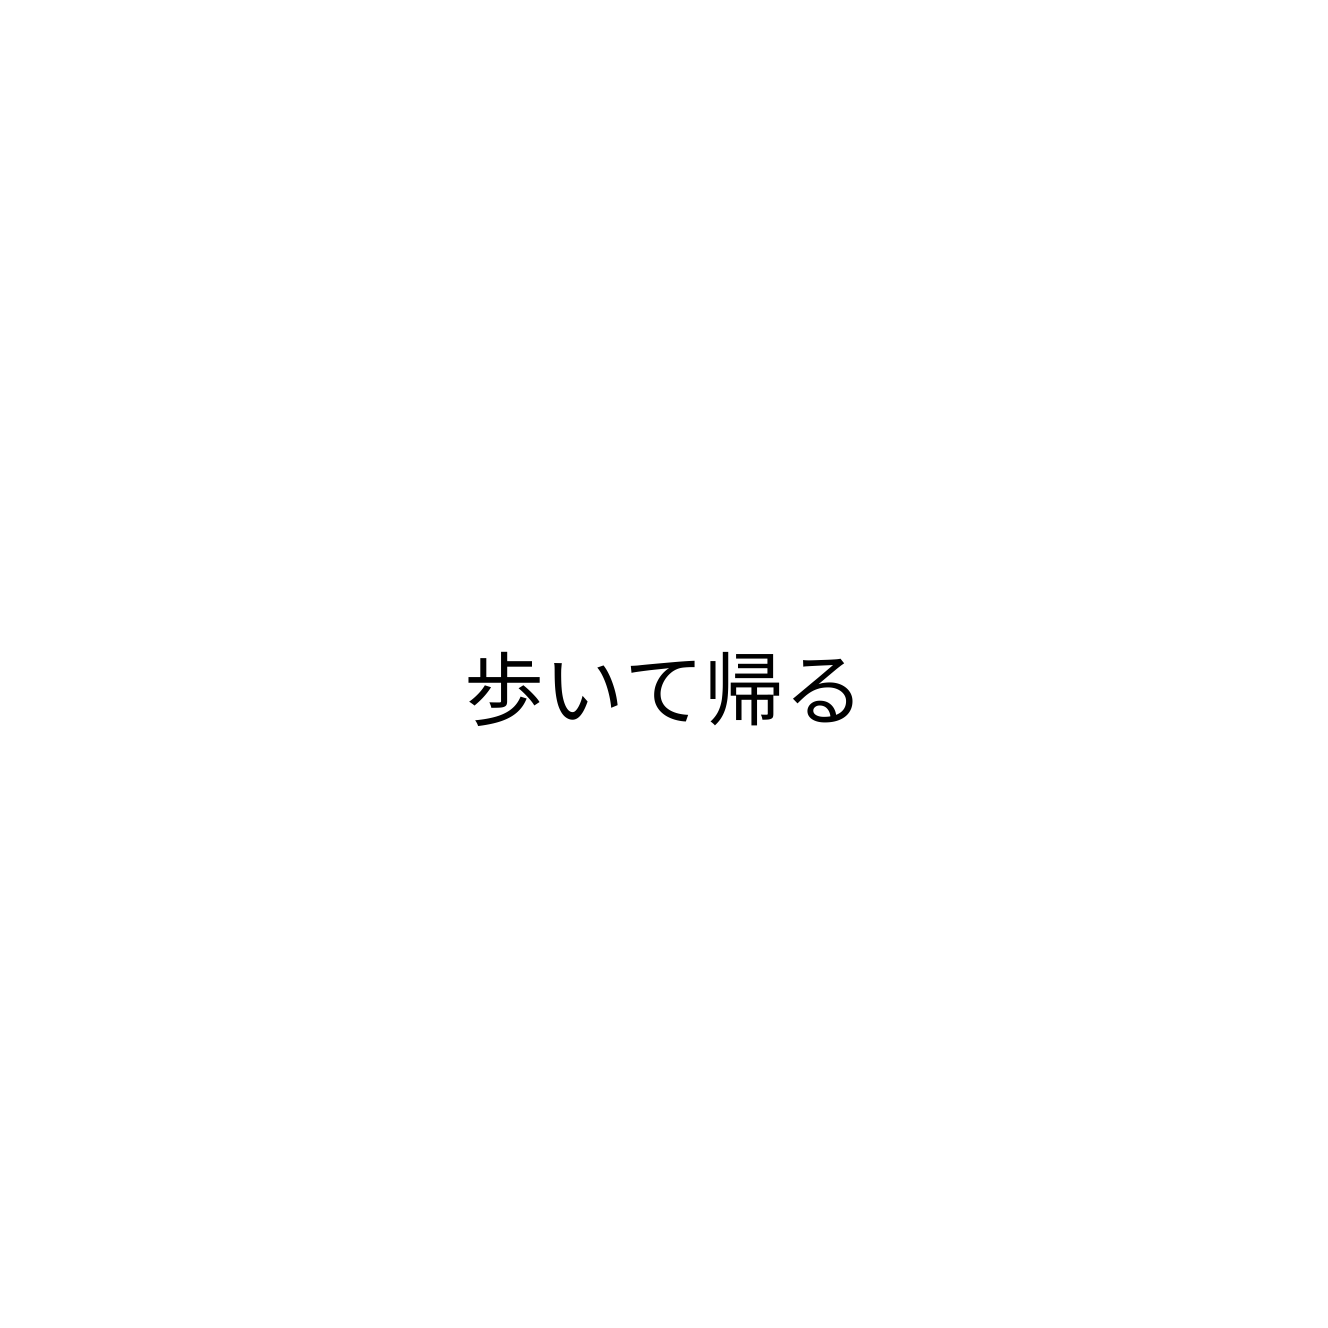
歩いて帰る